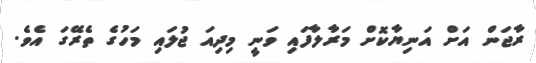
ރާޖަން އަށް އަނިޔާކޮށް މަރާލާފައި ވަނީ މިދިއަ ޖުލައި މަހުގެ ތެރޭގަ އެވެ.